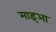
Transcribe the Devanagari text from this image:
माइआ